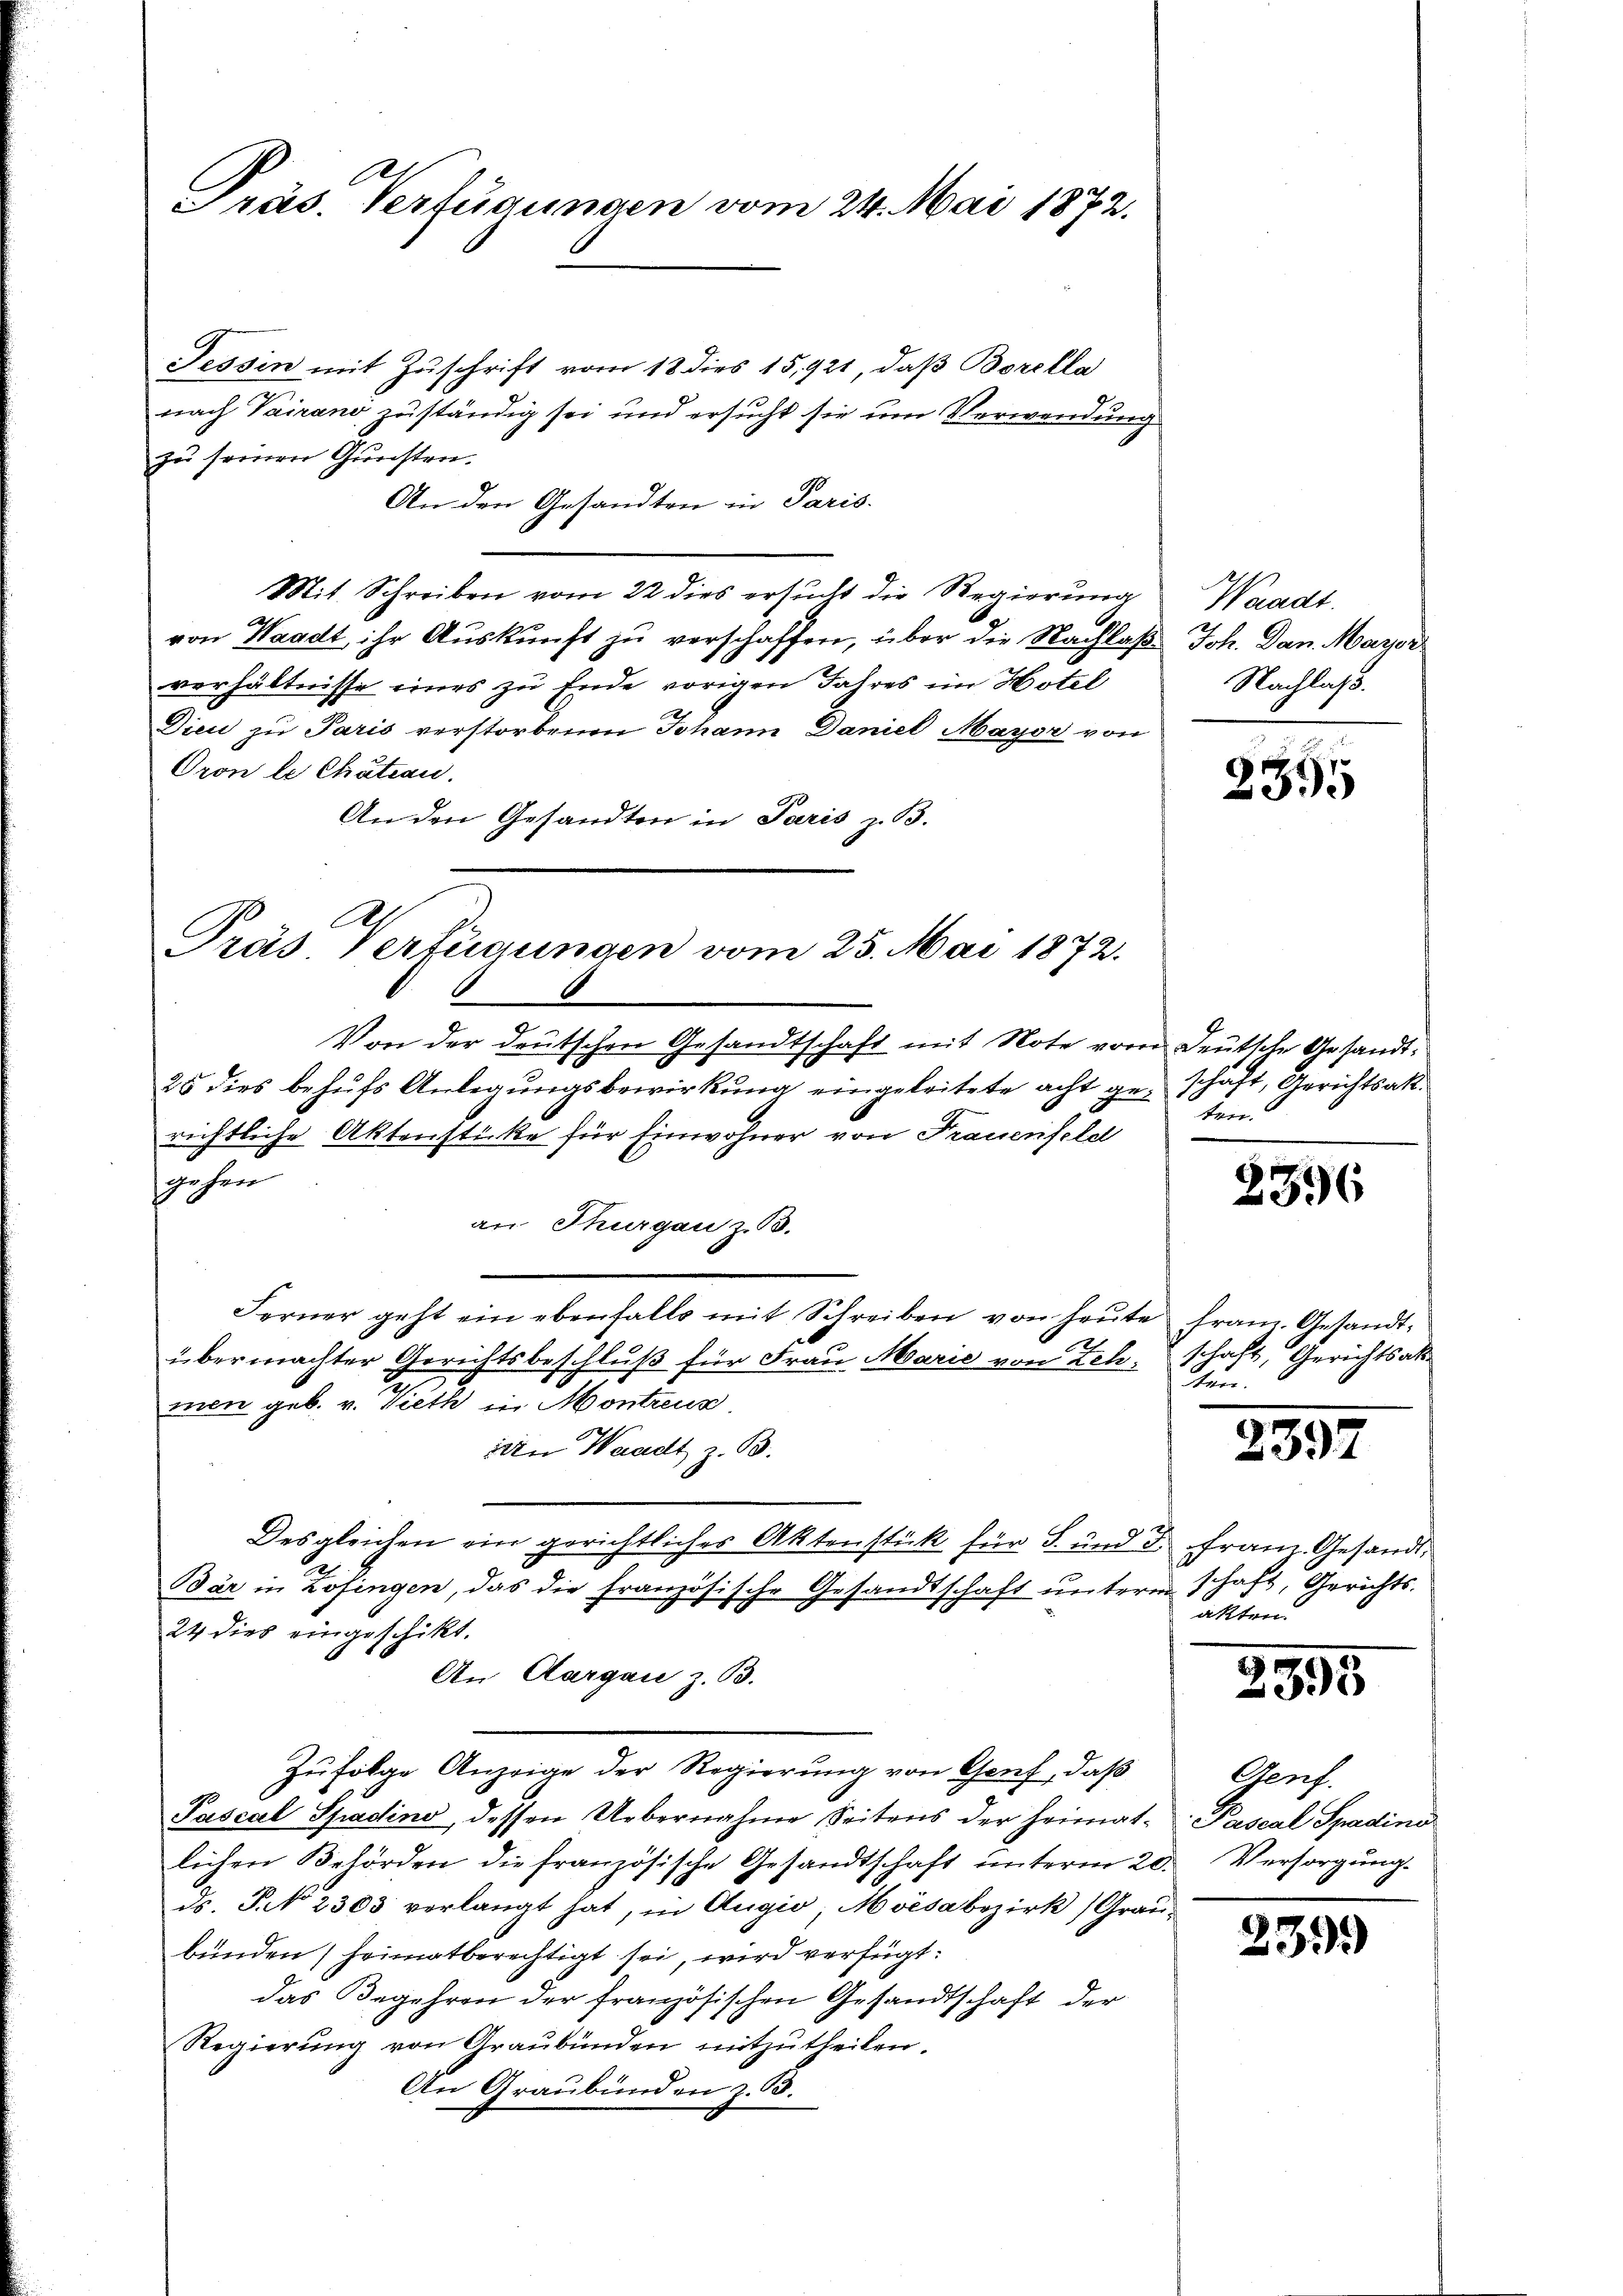
Präs. Verfügungen vom 24. Mai 1872.

Tessin mit Zuschrift vom 18 dies 15,921, daß Borella
nach Vairano zuständig sei und ersucht sie um Verwendung
zu seinen Gunsten.
An den Gesandten in Paris.
Mit Schreiben vom 22 dies ersucht die Regierung
von Waadt ihr Auskunft zu verschaffen, über die Nachlaß Joh. Dan. Mayor
verhältnisse eines zu Ende vorigen Jahres im Hotel
Diec zu Paris verstorbenen Johann Daniel Mayer von
Oron le Chation.
An den Gesandten in Paris z. B.

Pras Verfügungen vom 25. Mai 1872.

Von der deŭtschen Gesandtschaft mit Note vom Deutsche Gesandt-
25 dies behufs Anlegungsbewirkung eingeleitete acht geschaft, Gerichtsakt
richtliche Aktenstücke für Einwohner von Frauenfeld
gehen
men geb. v. Vieth in Montreus
in Waadt z. B.
Desgleichen ein gerichtliches Aktenstück für S. und 3 Franz. Gesandt¬
Dár in Zofingen, das die Französische Gesandtschaft unterm schaft, Gerichts-
24 dies eingeschikt.
An Aargau z. B.
Zufolge Anzeige der Regierung von Genf, daß
Pascal Spadino, dessen Uebernahme Seitens der heimatlichen Behörden die französische Gesandtschaft unterm 20. Versorgung.
ds. P. 2303 verlangt hat, in Augio; Moisabezirk (Graubünden heimatberechtigt sei, wird verfügt:
das Begehren der französischen Gesandtschaft der
Regierŭng von Graŭbünden mitzŭtheilen.
An Graubünden z. B.

an Thurgau z. 53.
Ferner geht ein ebenfalls mit Schreiben von heŭte franz. Gesandt-
übermachter Gerichtsbeschluß für Frau Marie von Ich schaft, Gerichtsaks¬

Waadt.
Nachlaß.

2395

ten

3396

Jun.

2397

akten.

2395

Genf.
Pascal Spadins

)

39.)